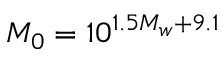
M _ { 0 } = 1 0 ^ { 1 . 5 M _ { w } + 9 . 1 }